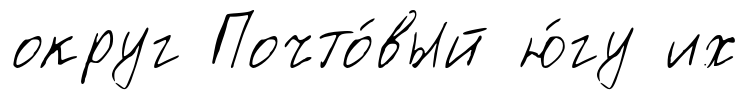
округ Почто́вый ю́гу их